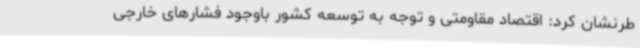
طرنشان کرد: اقتصاد مقاومتی و توجه به توسعه کشور باوجود فشارهای خارجی